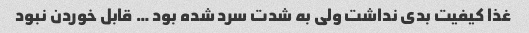
غذا کیفیت بدی نداشت ولی به شدت سرد شده بود … قابل خوردن نبود